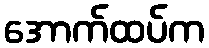
အောက်ထပ်က